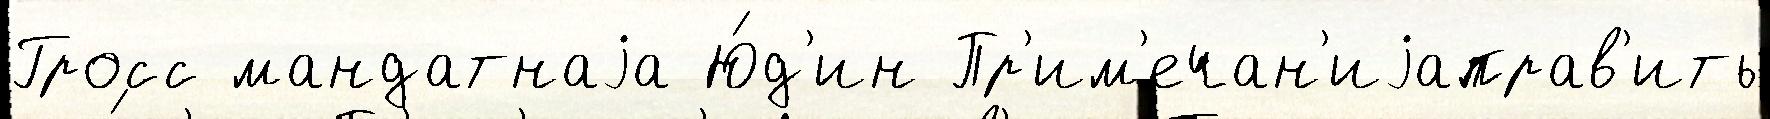
Гросс мандатнаjа Ю́д'ин Пр'им'ечан'иjаправ'ить